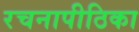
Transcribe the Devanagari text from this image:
रचनापीठिका